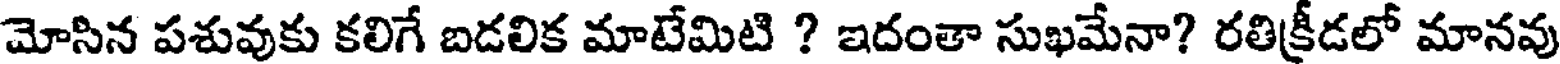
మోసిన పశువుకు కలిగే బడలిక మాటేమిటి ? ఇదంతా సుఖమేనా? రతిక్రీడలో మానవు